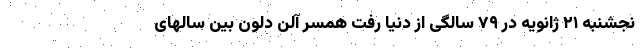
نجشنبه ۲۱ ژانویه در ۷۹ سالگی از دنیا رفت همسر آلن دلون بین سالهای